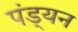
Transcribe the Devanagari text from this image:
पंड्यन